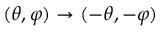
( \theta , \varphi ) \rightarrow ( - \theta , - \varphi )